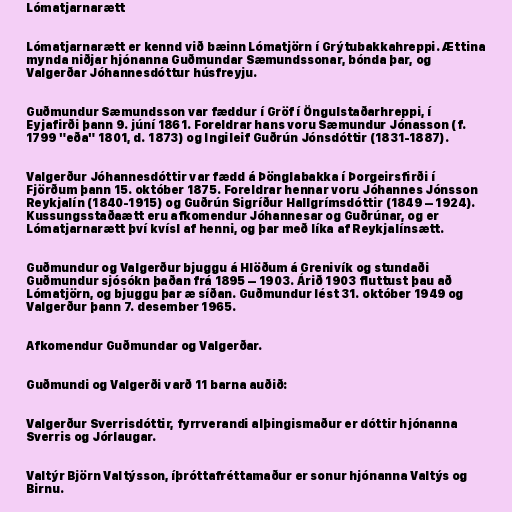
Lómatjarnarætt

Lómatjarnarætt er kennd við bæinn Lómatjörn í Grýtubakkahreppi. Ættina
mynda niðjar hjónanna Guðmundar Sæmundssonar, bónda þar, og
Valgerðar Jóhannesdóttur húsfreyju.

Guðmundur Sæmundsson var fæddur í Gröf í Öngulstaðarhreppi, í
Eyjafirði þann 9. júní 1861. Foreldrar hans voru Sæmundur Jónasson (f.
1799 "eða" 1801, d. 1873) og Ingileif Guðrún Jónsdóttir (1831-1887).

Valgerður Jóhannesdóttir var fædd á Þönglabakka í Þorgeirsfirði í
Fjörðum þann 15. október 1875. Foreldrar hennar voru Jóhannes Jónsson
Reykjalín (1840-1915) og Guðrún Sigríður Hallgrímsdóttir (1849 – 1924).
Kussungsstaðaætt eru afkomendur Jóhannesar og Guðrúnar, og er
Lómatjarnarætt því kvísl af henni, og þar með líka af Reykjalínsætt.

Guðmundur og Valgerður bjuggu á Hlöðum á Grenivík og stundaði
Guðmundur sjósókn þaðan frá 1895 – 1903. Árið 1903 fluttust þau að
Lómatjörn, og bjuggu þar æ síðan. Guðmundur lést 31. október 1949 og
Valgerður þann 7. desember 1965.

Afkomendur Guðmundar og Valgerðar.

Guðmundi og Valgerði varð 11 barna auðið:

Valgerður Sverrisdóttir, fyrrverandi alþingismaður er dóttir hjónanna
Sverris og Jórlaugar.

Valtýr Björn Valtýsson, íþróttafréttamaður er sonur hjónanna Valtýs og
Birnu.